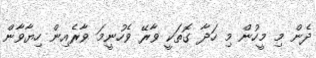
ދެން މި މީހުން މި ހަދާ ގޮތަކީ ވާރޭ ވެހުނީމަ ވާރެއިން ހިޔާވާން